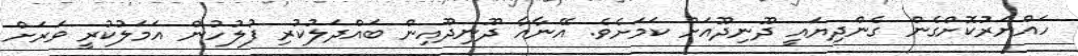
ހައްޔަރުކޮށްގެން ގެންދިޔައީ ދޫނިދޫއަށް ކަމަށެވެ. އޭނާއާ ދޫނިދޫއިން ބައްދަލުކުރި ފުލުހުން އަމަލުކުރީ ވަރަށް